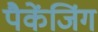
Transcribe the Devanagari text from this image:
पैकेंजिंग